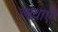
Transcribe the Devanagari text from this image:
व्यथाएँ